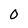
Character: 0